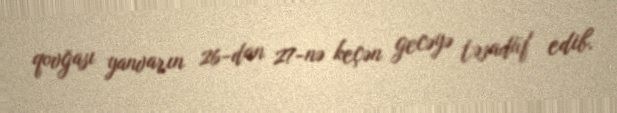
qovğası yanvarın 26-dan 27-nə keçən gecəyə təsadüf edib.